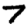
Digit: 7